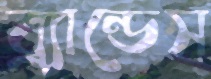
ব্র্যান্ডেস